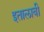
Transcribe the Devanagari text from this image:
इतालावी